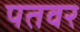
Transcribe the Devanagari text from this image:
पतवर